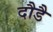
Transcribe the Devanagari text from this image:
दौडै